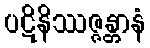
ပဋိနိဿဇ္ဇန္တာနံ